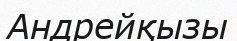
Андрейқызы